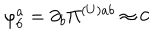
LaTeX: \varphi _ { 6 } ^ { a } = \partial _ { b } \Pi ^ { ( U ) a b } \approx 0